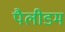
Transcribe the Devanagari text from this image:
पैलीडम